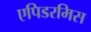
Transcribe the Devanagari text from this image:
एपिडरमिस